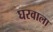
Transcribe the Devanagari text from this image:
घरवाला